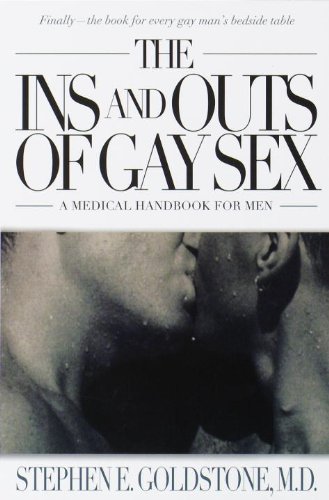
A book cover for The Ins and Outs of Gay Sex; Stephen E. Goldstone; Gay & Lesbian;